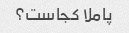
پاملا کجاست؟